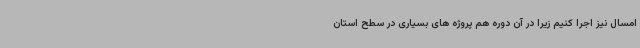
امسال نیز اجرا کنیم زیرا در آن دوره هم پروژه های بسیاری در سطح استان